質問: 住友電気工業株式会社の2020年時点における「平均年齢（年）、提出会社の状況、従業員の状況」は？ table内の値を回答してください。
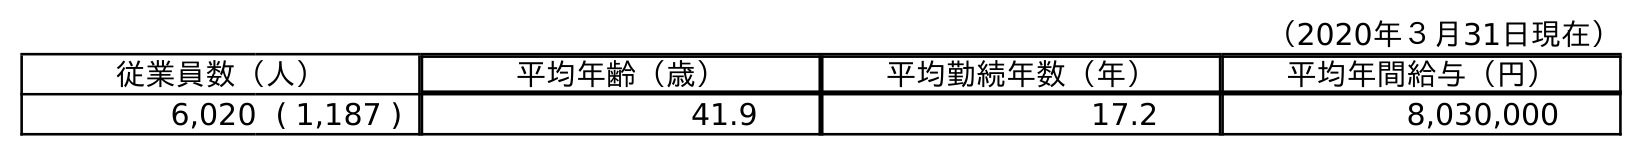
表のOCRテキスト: （2020年３月31日現在） 従業員数（人） 平均年齢（歳） 平均勤続年数（年） 平均年間給与（円） 6,020 ( 1,187 ) 41.9 17.2 8,030,000
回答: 41.9